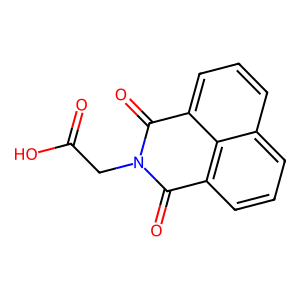
SMILES: O=C(O)CN1C(=O)c2cccc3cccc(c23)C1=O
Inhibits HIV replication: No